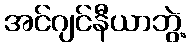
အင်ဂျင်နီယာဘွဲ့